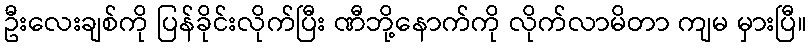
ဦးလေးချစ်ကို ပြန်ခိုင်းလိုက်ပြီး ဏီဘို့နောက်ကို လိုက်လာမိတာ ကျမ မှားပြီ။